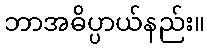
ဘာအဓိပ္ပာယ်နည်း။